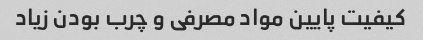
کیفیت پایین مواد مصرفی و چرب بودن زیاد